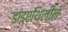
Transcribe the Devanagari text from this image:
डाइएथिलीन